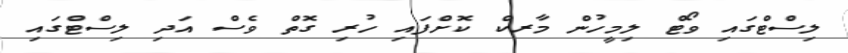
ލިސްޓްގައި ވޯޓް ލިމީހުން މާރކް ކޮށްފައި ހުރި ގޮތް ވެސް އަދި ލިސްޓްގައި